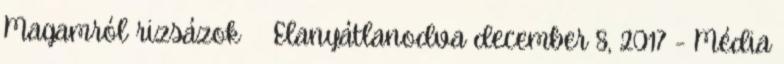
Magamról rizsázok Elanyátlanodva december 8, 2017 - Média